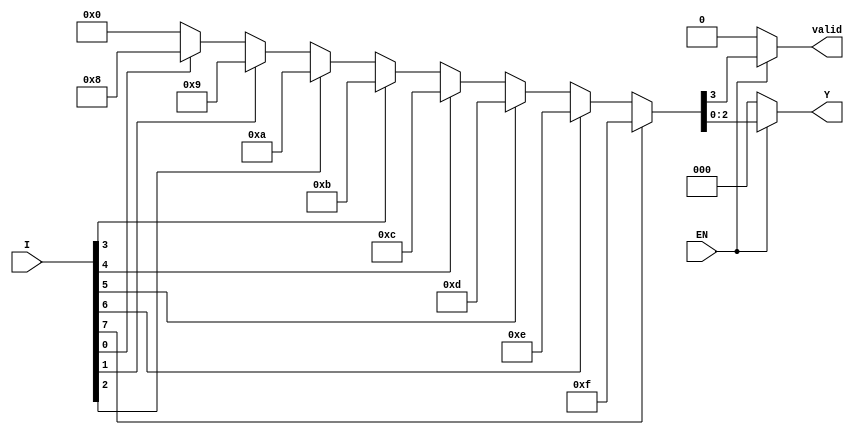
module encoder_8to3 (
    input  wire [7:0] I,   // 8 input lines I0 to I7
    input  wire EN,        // Enable input
    output reg  [2:0] Y,   // 3 output lines Y0, Y1, Y2
    output reg  valid       // Output valid signal
);

// Combinational logic for 8-to-3 encoding
always @(*) begin
    if (!EN) begin
        // If enable is low, set output to default
        Y = 3'b000; // or some error state, e.g., 3'bxxx for invalid
        valid = 0;
    end else begin
        // If enable is high, determine output based on input priority
        case (1'b1) // case with wildcards for multiple inputs
            I[7]: {valid, Y} = {1'b1, 3'b111}; // I7 active
            I[6]: {valid, Y} = {1'b1, 3'b110}; // I6 active
            I[5]: {valid, Y} = {1'b1, 3'b101}; // I5 active
            I[4]: {valid, Y} = {1'b1, 3'b100}; // I4 active
            I[3]: {valid, Y} = {1'b1, 3'b011}; // I3 active
            I[2]: {valid, Y} = {1'b1, 3'b010}; // I2 active
            I[1]: {valid, Y} = {1'b1, 3'b001}; // I1 active
            I[0]: {valid, Y} = {1'b1, 3'b000}; // I0 active
            default: {valid, Y} = {1'b0, 3'b000}; // No valid input, outputs default
        endcase
    end
end

endmodule